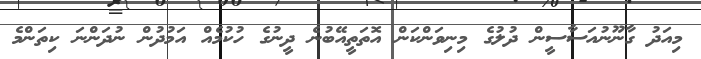
މިއަދު ގާނޫނުއަސާސީން ދުލުގެ މިނިވަންކަން އޮތަތީއޭބުނެ ދީނުގެ ހުކުމެއް އަމުދުން ނުދަންނަ ކިތަންމެ